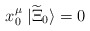
\begin{align*}x^\mu_0 \; | \widetilde{\Xi}_0 \rangle = 0\,\end{align*}